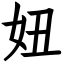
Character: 妞